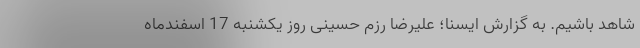
شاهد باشیم. به گزارش ایسنا؛ علیرضا رزم حسینی روز یکشنبه 17 اسفندماه